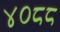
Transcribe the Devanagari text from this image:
४०८८